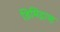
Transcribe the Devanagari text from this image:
डिमिट्राव्ह